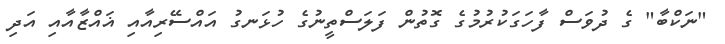
"ނަކްބާ" ގެ ދުވަސް ފާހަގަކުރުމުގެ ގޮތުން ފަލަސްތީނުގެ ހުޅަނގު އައްސޭރިއާއި ޣައްޒާއާއި އަދި